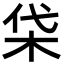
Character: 柋